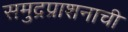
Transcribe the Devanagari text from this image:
समुद्रप्राशनाची